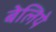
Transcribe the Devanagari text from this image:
बेलिये